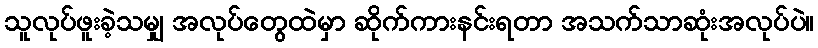
သူလုပ်ဖူးခဲ့သမျှ အလုပ်တွေထဲမှာ ဆိုက်ကားနင်းရတာ အသက်သာဆုံးအလုပ်ပဲ။